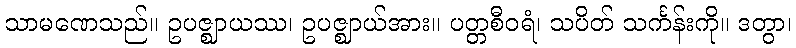
သာမဏေသည်။ ဥပဇ္ဈာယဿ၊ ဥပဇ္ဈာယ်အား။ ပတ္တစီဝရံ၊ သပိတ် သင်္ကန်းကို။ ဒတွာ၊